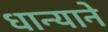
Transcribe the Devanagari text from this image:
धान्याने